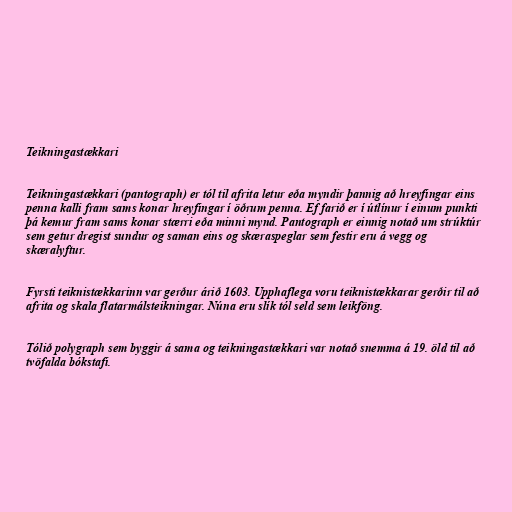
Teikningastækkari

Teikningastækkari (pantograph) er tól til afrita letur eða myndir þannig að hreyfingar eins
penna kalli fram sams konar hreyfingar í öðrum penna. Ef farið er í útlínur í einum punkti
þá kemur fram sams konar stærri eða minni mynd. Pantograph er einnig notað um strúktúr
sem getur dregist sundur og saman eins og skæraspeglar sem festir eru á vegg og
skæralyftur.

Fyrsti teiknistækkarinn var gerður árið 1603. Upphaflega voru teiknistækkarar gerðir til að
afrita og skala flatarmálsteikningar. Núna eru slík tól seld sem leikföng.

Tólið polygraph sem byggir á sama og teikningastækkari var notað snemma á 19. öld til að
tvöfalda bókstafi.